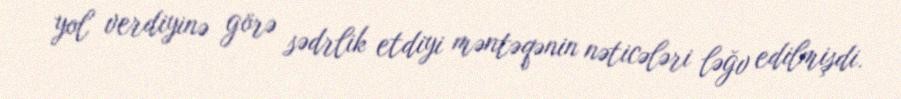
yol verdiyinə görə sədrlik etdiyi məntəqənin nəticələri ləğv edilmişdi.